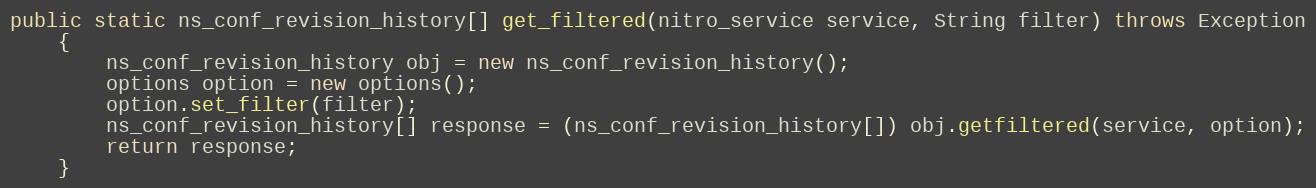
Language: Java
public static ns_conf_revision_history[] get_filtered(nitro_service service, String filter) throws Exception
	{
		ns_conf_revision_history obj = new ns_conf_revision_history();
		options option = new options();
		option.set_filter(filter);
		ns_conf_revision_history[] response = (ns_conf_revision_history[]) obj.getfiltered(service, option);
		return response;
	}